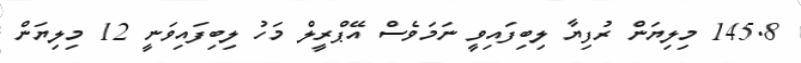
145.8 މިލިޔަން ރުފިޔާ ލިބިފައިވީ ނަމަވެސް އޭޕްރީލް މަހު ލިބިފައިވަނީ 12 މިލިޔަން